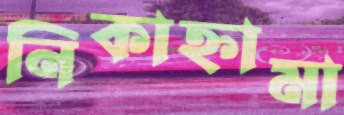
নিকাহ্নামা